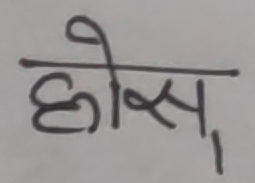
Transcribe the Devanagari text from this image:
होस्,